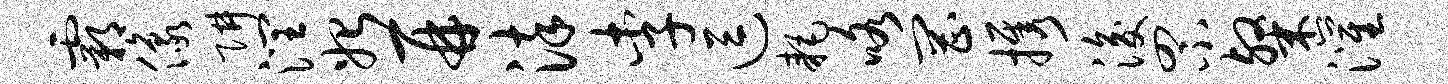
霸像阱润始再染李逗耗咯罔携浚罘粲灌